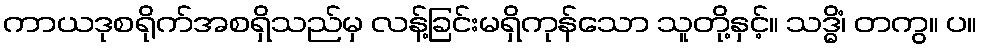
ကာယဒုစရိုက်အစရှိသည်မှ လန့်ခြင်းမရှိကုန်သော သူတို့နှင့်။ သဒ္ဓိံ၊ တကွ။ ပ။